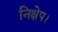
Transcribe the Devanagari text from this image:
निक्षेप।